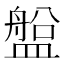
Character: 𥂟